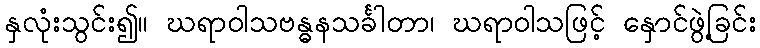
နှလုံးသွင်း၍။ ဃရာဝါသဗန္ဓနသင်္ခါတာ၊ ဃရာဝါသဖြင့် နှောင်ဖွဲ့ခြင်း